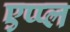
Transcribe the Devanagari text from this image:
एप्‍प्‍ल